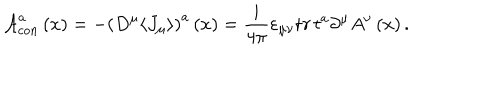
LaTeX: { \mathcal A } _ { c o n } ^ { a } \left( x \right) = - \left( D ^ { \mu } \langle J _ { \mu } \rangle \right) ^ { a } \left( x \right) = \frac i { 4 \pi } \varepsilon _ { \mu \nu } { \mathrm t r } \, t ^ { a } \partial ^ { \mu } A ^ { \nu } \left( x \right) .